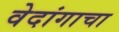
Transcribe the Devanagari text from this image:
वेदांगाचा